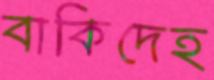
বাকিদেহ